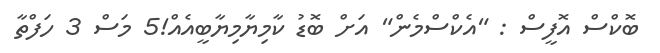
ބޮކްސް އޮފީސް : "އެކްސްމެން" އަށް ބޮޑު ކާމިޔާމިޔާބީއެއް!5 މަސް 3 ހަފްތާ